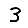
Digit: 3